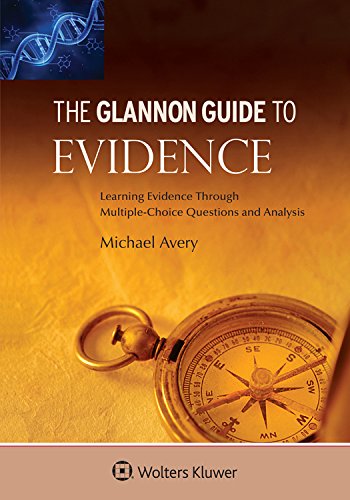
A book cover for Glannon Guide To Evidence: Learning Evidence Through Multiple-Choice Questions and Analysis; Michael Avery; Law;